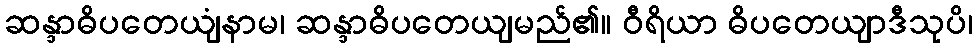
ဆန္ဒာဓိပတေယျံနာမ၊ ဆန္ဒာဓိပတေယျမည်၏။ ဝီရိယာ ဓိပတေယျာဒီသုပိ၊